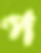
প